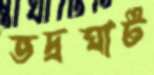
ভদ্রঘাট